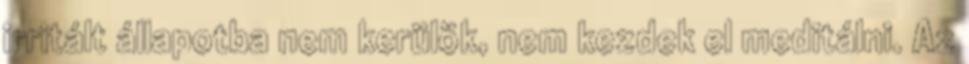
irritált állapotba nem kerülök, nem kezdek el meditálni. Az